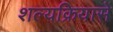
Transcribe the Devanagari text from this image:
शल्यक्रियासे